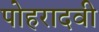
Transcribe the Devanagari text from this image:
पोहरादवी